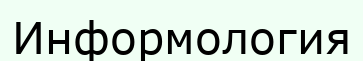
Информология